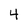
Character: 4